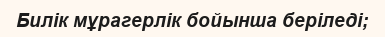
Билік мұрагерлік бойынша беріледі;